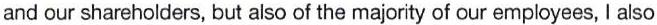
and our shareholders, but also of the majority of our employees, I also